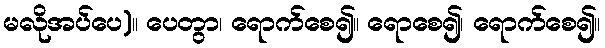
မလိုအပ်ပေ)။ ပေတွာ၊ ရောက်စေ၍။ ရောစေ၍၊ ရောက်စေ၍။